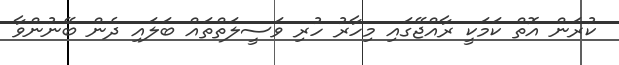
ކުރަން އޮތް ކަމަކީ ރާއްޖޭގައި މިހާރު ހުރި ވަސީލަތްތައް ބަލައި ދެން ބޭނުންވާ